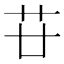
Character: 𦬵